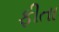
ફીતા